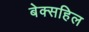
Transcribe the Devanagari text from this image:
बेक्सहिल